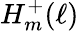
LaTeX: H_{m}^{+}(\ell)